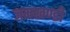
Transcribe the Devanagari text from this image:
जमखण्डी